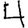
Digit: 4